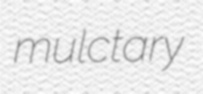
mulctary